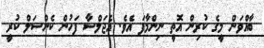
ބާއްވަން މީގެ ކުރިން އޮތީ ނިންމާފަ އެވެ. އެޖަލްސާ ފަހުން ކެންސަލް ކުރީ